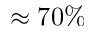
\approx 7 0 \%